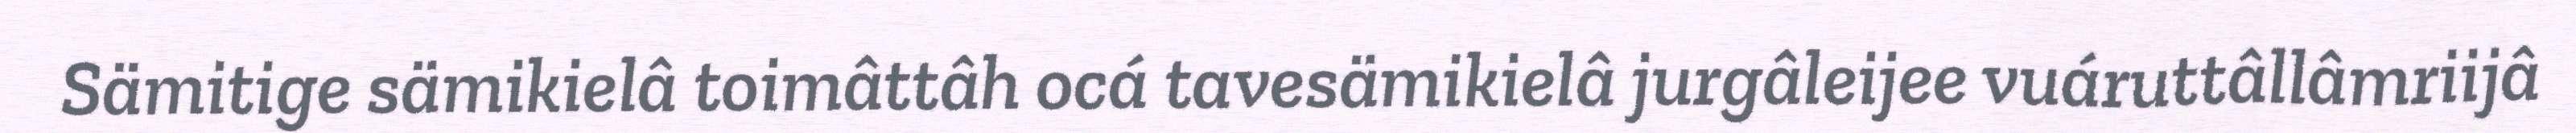
Sämitige sämikielâ toimâttâh ocá tavesämikielâ jurgâleijee vuáruttâllâmriijâ